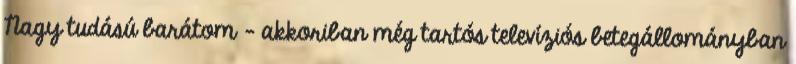
Nagy tudású ba­rátom – akkoriban még tartós televíziós betegállományban